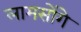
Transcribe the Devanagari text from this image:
लामसोंगे